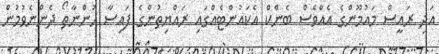
އަދި ރައީސް މައުމޫންގެ އެއްވެސް ބެންކް އެކައުންޓެއްގައި ރައްޔިތުންގެ ފައިސާ ހުންނާތޯ ދެންނެވުމުން